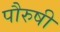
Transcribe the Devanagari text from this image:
पौरुषी